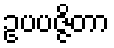
ဥပပဇ္ဇိတာ